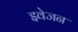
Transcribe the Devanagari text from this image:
इवेजन